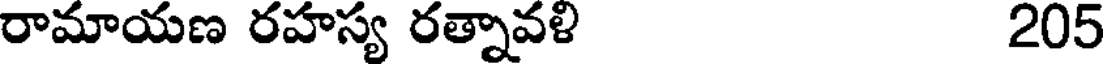
రామాయణ రహస్య రత్నావళి 205